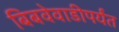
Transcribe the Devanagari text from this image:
बिबवेवाडीपर्यंत